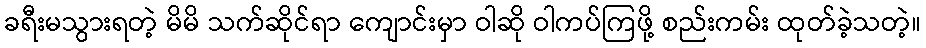
ခရီးမသွားရတဲ့ မိမိ သက်ဆိုင်ရာ ကျောင်းမှာ ဝါဆို ဝါကပ်ကြဖို့ စည်းကမ်း ထုတ်ခဲ့သတဲ့။